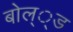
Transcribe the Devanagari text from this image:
बोल््ड